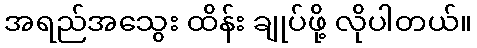
အရည်အသွေး ထိန်း ချုပ်ဖို့ လိုပါတယ်။